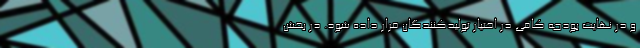
و در نهایت بودجه کافی در اختیار تولیدکنندگان قرار داده شود. در بخش